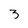
Character: 3